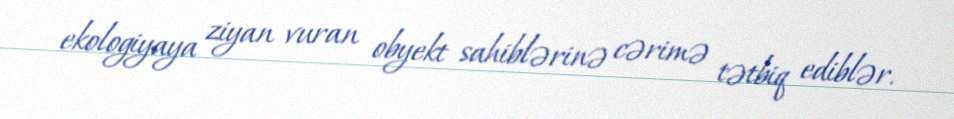
ekologiyaya ziyan vuran obyekt sahiblərinə cərimə tətbiq ediblər.